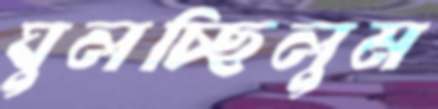
ঘুলচ্ছিলুম